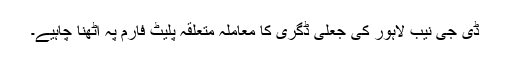
ڈی جی نیب لاہور کی جعلی ڈگری کا معاملہ متعلقہ پلیٹ فارم پہ اٹھنا چاہیے۔